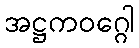
အဋ္ဌကဝဂ္ဂေါ